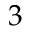
3